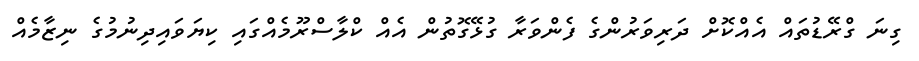
ގިނަ ގްރޭޑުތައް އެއްކޮށް ދަރިވަރުންގެ ފެންވަރާ ގުޅޭގޮތުން އެއް ކްލާސްރޫމެއްގައި ކިޔަވައިދިނުމުގެ ނިޒާމެއް